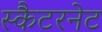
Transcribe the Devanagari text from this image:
स्कैटरनेट